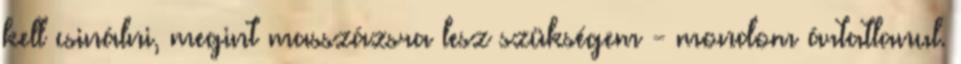
kell csinálni, megint masszázsra lesz szükségem - mondom ártatlanul.